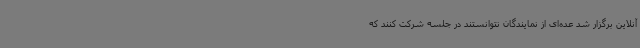
آنلاین برگزار شد عده‌ای از نمایندگان نتوانستند در جلسه شرکت کنند که